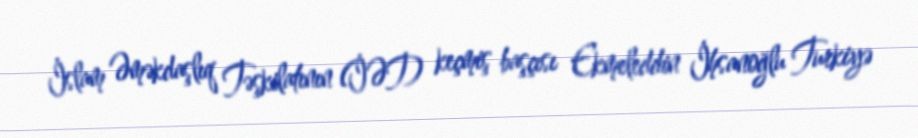
İslam Əməkdaşlıq Təşkilatının (İƏT) keçmiş başçısı Ekmeleddin İhsanoğlu Turkiyə